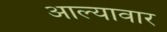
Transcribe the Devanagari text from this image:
आल्यावार